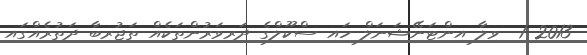
2013 1  ވިލާ އިންޓަނޭޝަނަލް ހައި ސްކޫލްގެ ދަރިވަރުންތަކެއް ތަޖުރިބާ ދަތުރެއްގައި